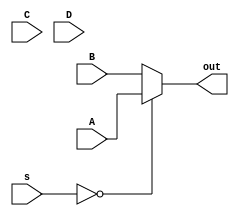
module mux_2param #(parameter N=2, X = 16)
(
    input [X-1:0] A,B,C,D,
	input [1:0] s,
    output reg [X-1:0] out
    );
    
always @(*) begin
      case(N)
		3'b001 : begin
					if( s == 2'b00 )
						out = out;
					else
						out = A;
				end
	  
        3'b010 : begin
					if( s == 2'b00 )
						out = A;
					else
						out = B;
				end
				
		3'b011 :	begin
					if ( s == 2'b01 )
						out = B;
					else if (s == 2'b10)
						out = C;
					else if (s == 2'b11)
						out = D;
				end
				
		3'b100 :	begin
					if (s == 2'b00)
						out = A;
					else if (s == 2'b01)
						out = B;
					else if (s == 2'b10)
						out = C;
					else if (s == 2'b11)
						out = D;
				end
      endcase 
end
endmodule